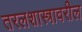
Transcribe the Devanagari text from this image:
तरलशास्त्रावरील